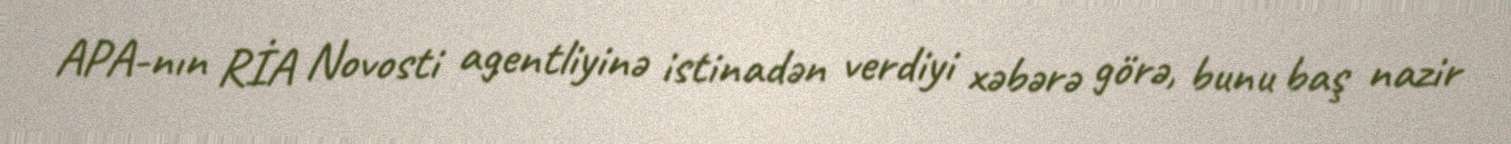
APA-nın RİA Novosti agentliyinə istinadən verdiyi xəbərə görə, bunu baş nazir